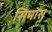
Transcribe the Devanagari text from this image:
सिमारा